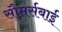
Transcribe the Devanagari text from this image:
सौमर्सबाई